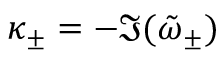
\kappa _ { \pm } = - \Im ( \tilde { \omega } _ { \pm } )